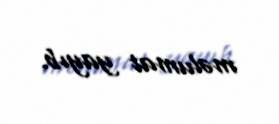
məlumat yayıb.